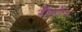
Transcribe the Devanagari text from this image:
रौडॉन